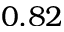
0 . 8 2